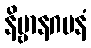
နိဗ္ဗာနဂမနံ